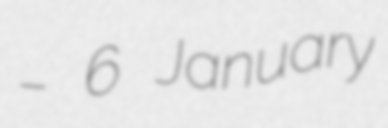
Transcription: – 6 January